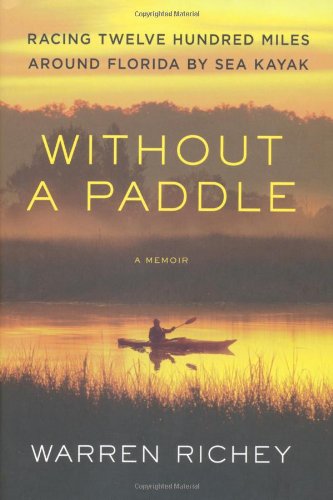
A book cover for Without a Paddle: Racing Twelve Hundred Miles Around Florida by Sea Kayak; Warren Richey; Science & Math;